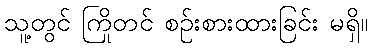
သူ့တွင် ကြိုတင် စဉ်းစားထားခြင်း မရှိ။